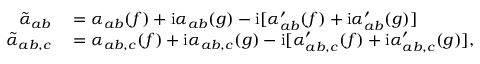
\begin{array} { r l } { \tilde { \alpha } _ { a b } } & { { } = \alpha _ { a b } ( f ) + \mathrm { i } \alpha _ { a b } ( g ) - \mathrm { i } [ \alpha _ { a b } ^ { \prime } ( f ) + \mathrm { i } \alpha _ { a b } ^ { \prime } ( g ) ] } \\ { \tilde { \alpha } _ { a b , c } } & { { } = \alpha _ { a b , c } ( f ) + \mathrm { i } \alpha _ { a b , c } ( g ) - \mathrm { i } [ \alpha _ { a b , c } ^ { \prime } ( f ) + \mathrm { i } \alpha _ { a b , c } ^ { \prime } ( g ) ] , } \end{array}